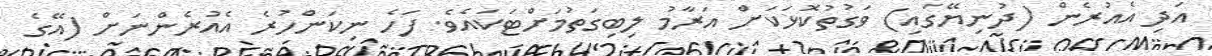
އަދި އެއުރެން (ދުނިޔޭގައި) ވަގުތުކޮޅަކަށް އަރާމު ލިބިގަތުމަށްޓަކައެވެ. ފަހެ ނިކަންހުރެ އެއުރެންނަށް (އޭގެ